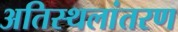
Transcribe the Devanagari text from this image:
अतिस्थलांतरण